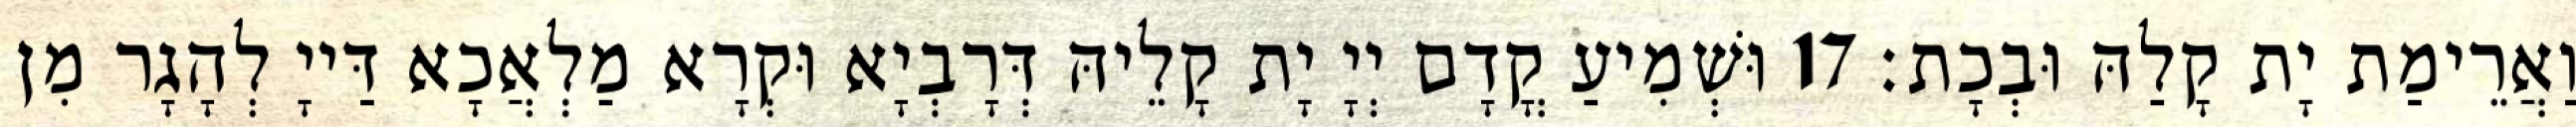
וַאֲרֵימַת יָת קָלַהּ וּבְכָת׃ 17 וּשְׁמִיעַ קֳדָם יְיָ יָת קָלֵיהּ דְּרָבְיָא וּקְרָא מַלְאֲכָא דַּייָ לְהָגָר מִן